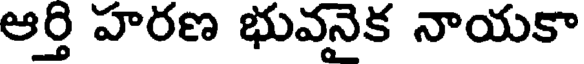
ఆర్తి హరణ భువనైక నాయకా